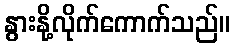
နွားနို့လိုက်ကောက်သည်။